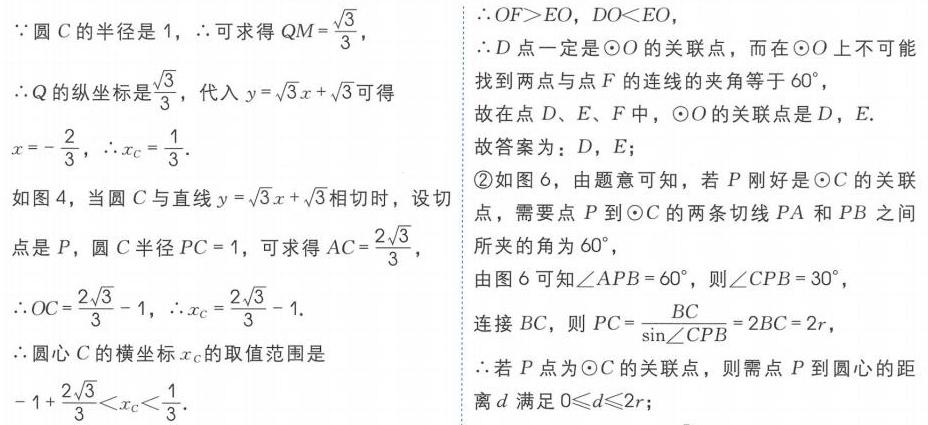
$\because$圆$C$的半径是$1$，$\therefore$可求得$QM = \frac{\sqrt{3}}{3}$，
$\therefore Q$的纵坐标是$\frac{\sqrt{3}}{3}$，代入$y = \sqrt{3}x+\sqrt{3}$可得
$x = -\frac{2}{3}$，$\therefore x_{C}=\frac{1}{3}$.
如图4，当圆$C$与直线$y = \sqrt{3}x+\sqrt{3}$相切时，设切
点是$P$，圆$C$半径$PC = 1$，可求得$AC=\frac{2\sqrt{3}}{3}$，
$\therefore OC=\frac{2\sqrt{3}}{3}-1$，$\therefore x_{C}=\frac{2\sqrt{3}}{3}-1$.
$\therefore$圆心$C$的横坐标$x_{C}$的取值范围是
$-1 + \frac{2\sqrt{3}}{3}<x_{C}<\frac{1}{3}$.
$\because OF>EO$，$DO<EO$，
$\therefore D$点一定是$\odot O$的关联点，而在$\odot O$上不可能
找到两点与点$F$的连线的夹角等于$60^{\circ}$，
故在点$D$、$E$、$F$中，$\odot O$的关联点是$D$，$E$.
故答案为：$D$，$E$；
\textcircled{2}如图6，由题意可知，若$P$刚好是$\odot C$的关联
点，需要点$P$到$\odot C$的两条切线$PA$和$PB$之间
所夹的角为$60^{\circ}$，
由图6可知$\angle APB = 60^{\circ}$，则$\angle CPB = 30^{\circ}$，
连接$BC$，则$PC=\frac{BC}{\sin\angle CPB}=2BC = 2r$，
$\therefore$若$P$点为$\odot C$的关联点，则需点$P$到圆心的距
离$d$满足$0\leqslant d\leqslant2r$；